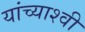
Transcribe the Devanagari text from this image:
यांच्याश्वी